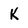
Character: K